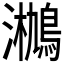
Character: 𤄄